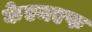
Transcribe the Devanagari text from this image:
केएमएफ